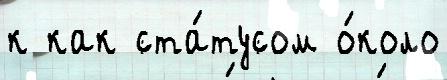
к как ста́тусом о́коло